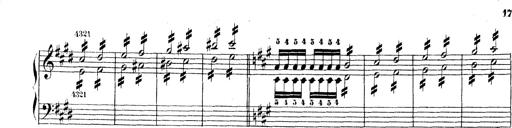
Title: Technische Studien
Composer: Franz Liszt